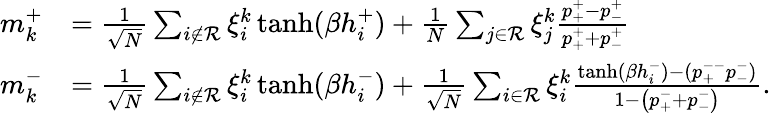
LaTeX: \begin{array}{rl}{m_{k}^{+}}&{=\frac{1}{\sqrt{N}}\sum_{i\notin{\cal R}}\xi_{i}^{k}\operatorname{tanh}(\beta h_{i}^{+})+\frac{1}{N}\sum_{j\in{\cal R}}\xi_{j}^{k}\frac{p_{+}^{+}-p_{-}^{+}}{p_{+}^{+}+p_{-}^{+}}}\\ {m_{k}^{-}}&{=\frac{1}{\sqrt{N}}\sum_{i\notin{\cal R}}\xi_{i}^{k}\operatorname{tanh}(\beta h_{i}^{-})+\frac{1}{\sqrt{N}}\sum_{i\in{\cal R}}\xi_{i}^{k}\frac{\operatorname{tanh}(\beta h_{i}^{-})-(p_{+}^{--}p_{-}^{-})}{1-\left(p_{+}^{-}+p_{-}^{-}\right)}.}\end{array}